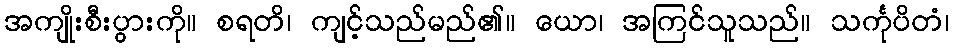
အကျိုးစီးပွားကို။ စရတိ၊ ကျင့်သည်မည်၏။ ယော၊ အကြင်သူသည်။ သင်္ကုပိတံ၊